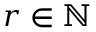
r \in \mathbb { N }